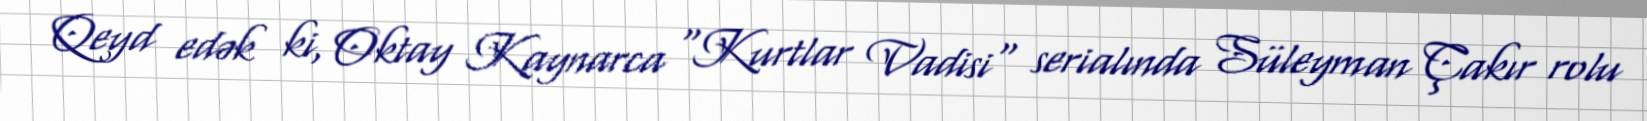
Qeyd edək ki, Oktay Kaynarca "Kurtlar Vadisi" serialında Süleyman Çakır rolu